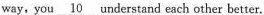
way, you\underline{10}understand each other better.